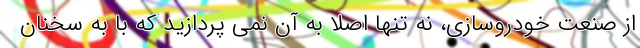
از صنعت خودروسازی، نه تنها اصلاً به آن نمی پردازید که با به سخنان